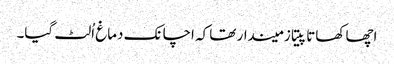
اچھا کھاتا پیتا زمیندار تھا کہ اچانک دماغ اُلٹ گیا۔